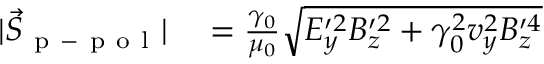
\begin{array} { r l } { | \vec { S } _ { \mathrm { ~ p ~ - ~ p ~ o ~ l ~ } } | } & { { } = \frac { \gamma _ { 0 } } { \mu _ { 0 } } \sqrt { E _ { y } ^ { \prime 2 } B _ { z } ^ { \prime 2 } + \gamma _ { 0 } ^ { 2 } v _ { y } ^ { 2 } B _ { z } ^ { \prime 4 } } } \end{array}